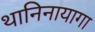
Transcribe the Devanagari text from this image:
थानिनायागा